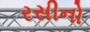
રસીનો